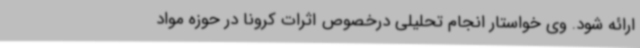
ارائه شود. وی خواستار انجام تحلیلی درخصوص اثرات کرونا در حوزه مواد